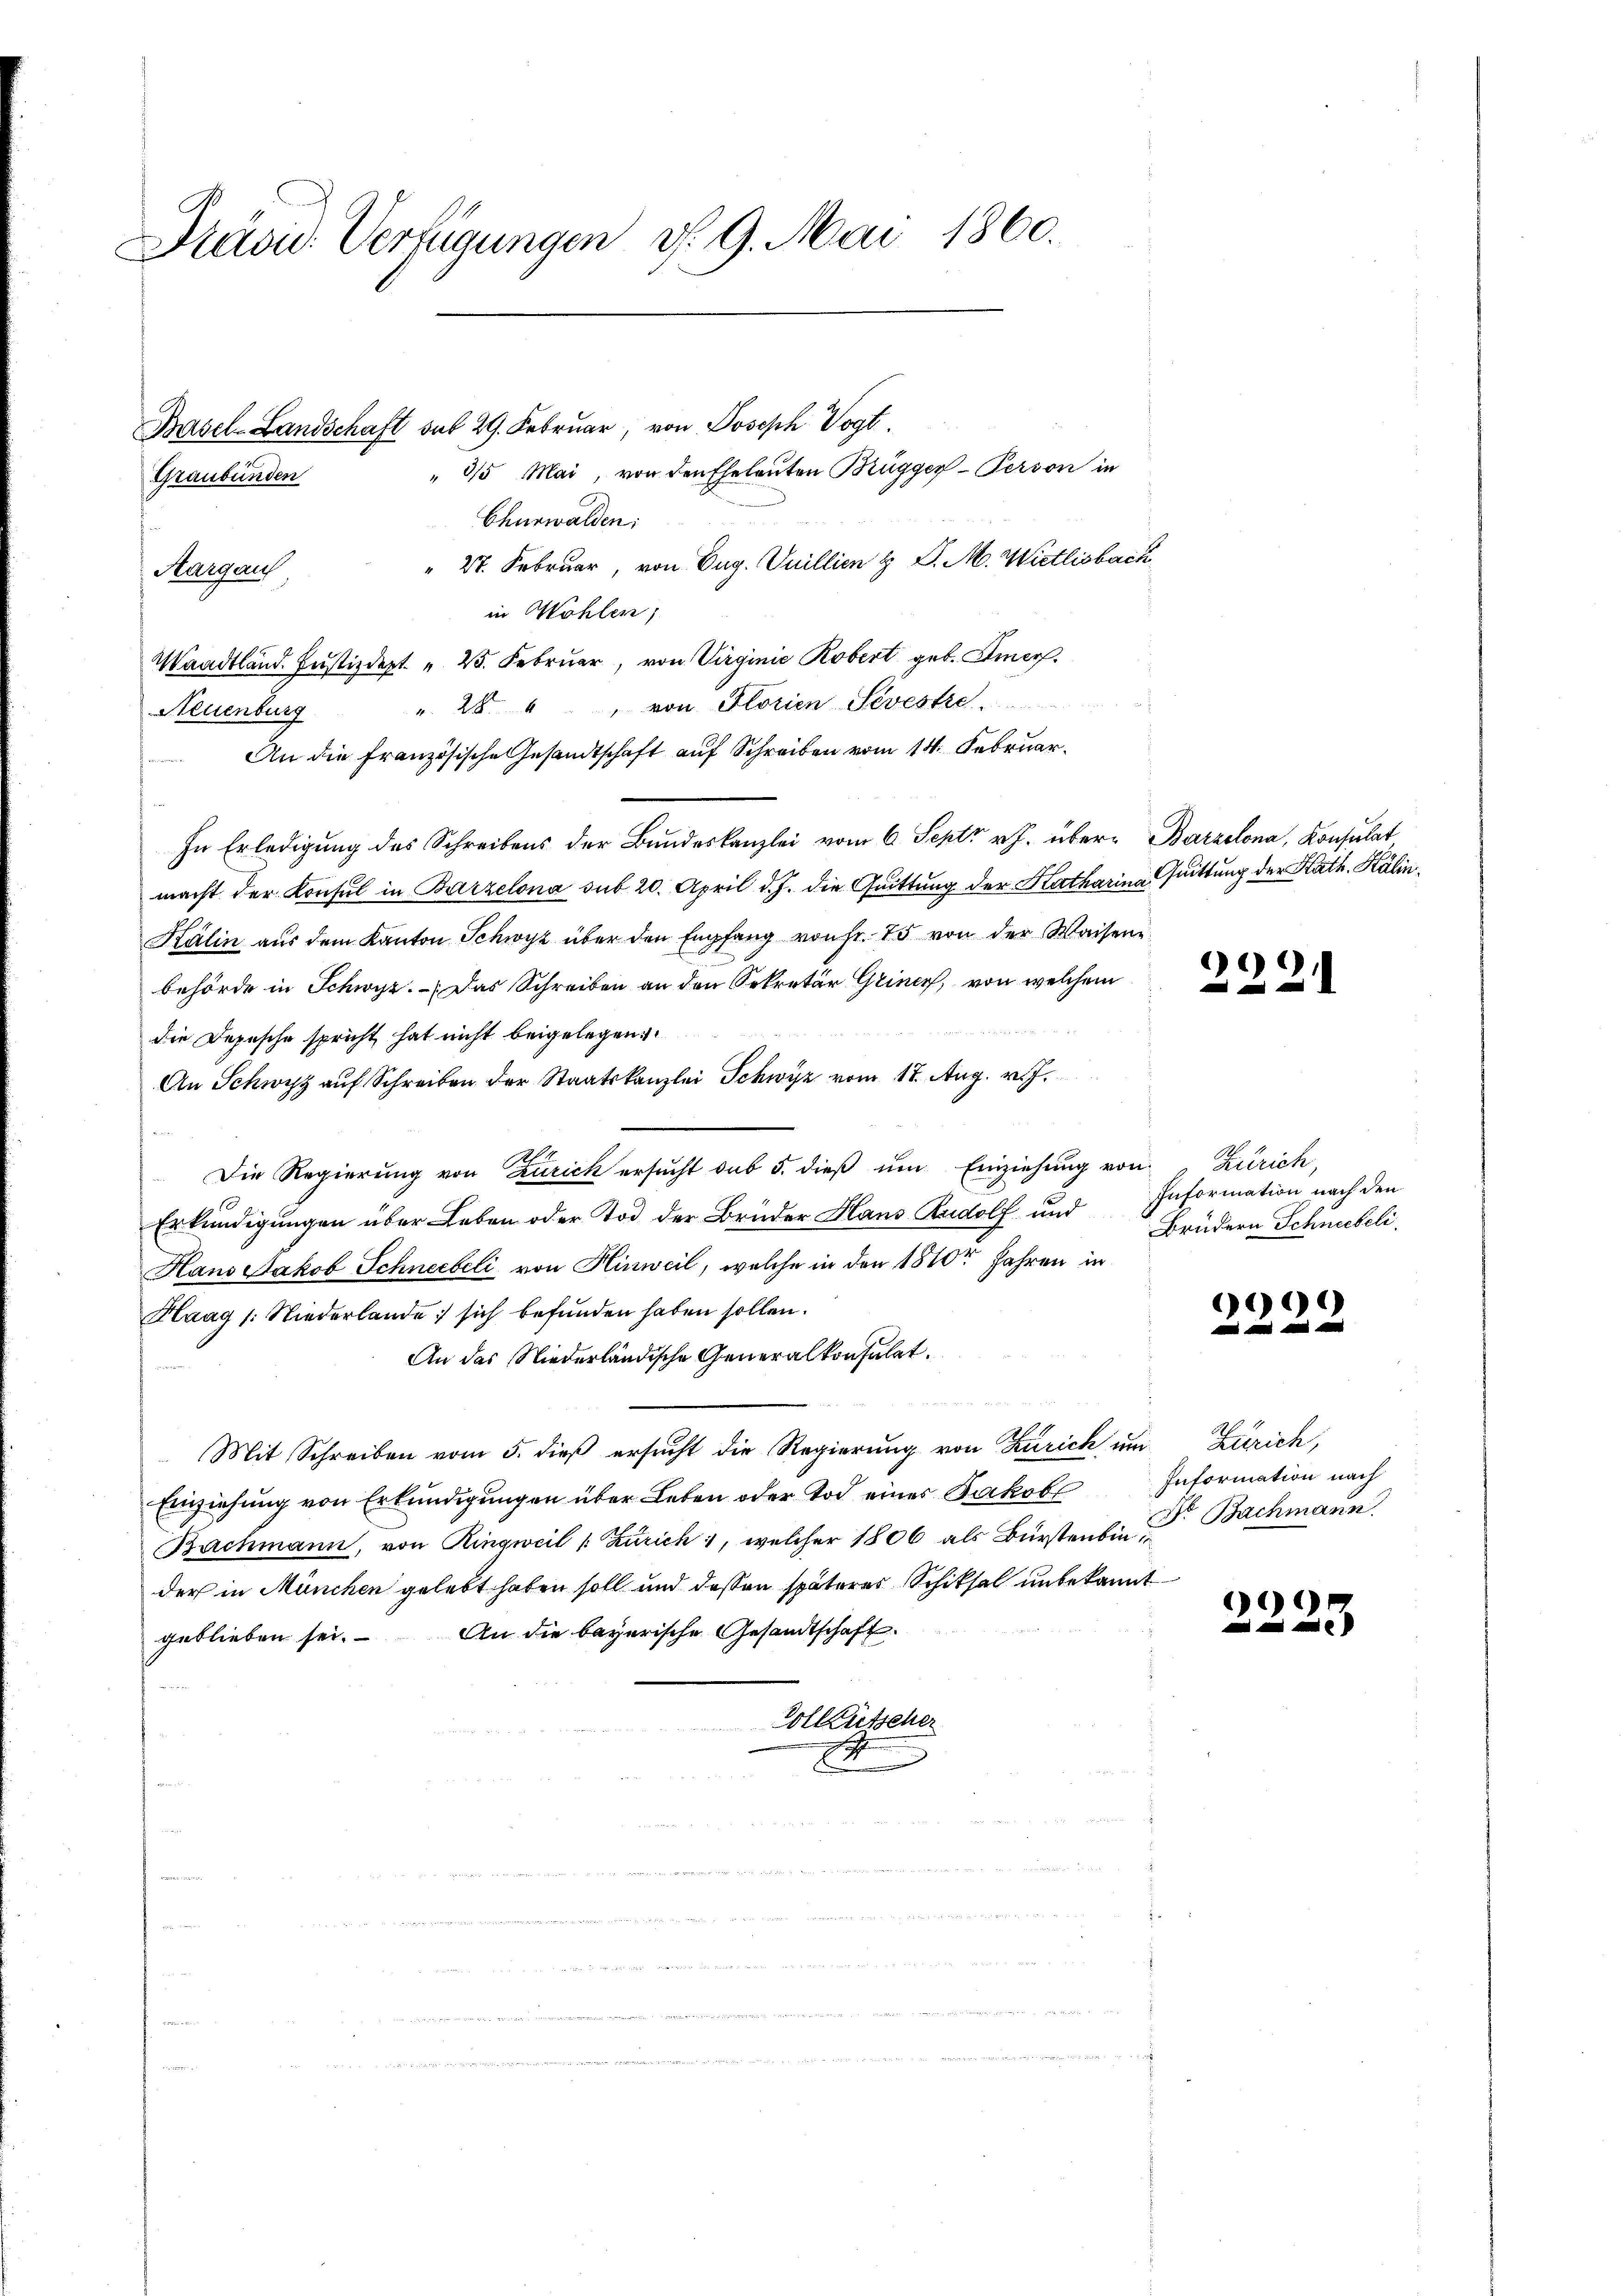
Präsid. Verfügungen d. 9. Mai 1860.

Basel-Landschaft sub 29. Februar, von Joseph Vogt.
" 315 Mai, von den Eheleuten Brügger Person in
Graubünden
Churwalden:
" 27. Februar, von Eug. Vuillien H. P. M. Wietlisbach
Aargau
in Wohlen,
Waadtländ. Justizdept. 25. Februar, von Virginie Robert geb. Amer.
" 28. " von Florien-Sevestre
Steuenburg
An die Französische Gesandtschaft auf Schreiben vom 14. Februar.
In Erledigung des Schreibens der Bundeskanzlei vom 6. Sept v. J. über Barzelona, Konsulat,
macht der Konsul in Barzelona sub 20. April d. J. die Quittung der Katharina Quittung der Kath. Kälin¬
Kälin aus dem Kanton Schwyz über den Empfang von Fr. 25 von der Waisene
behörde in Schwyz. Das Schreiben an den Sekretär Grine, von welchem
die Depesche spricht hat nicht beigelegen
An Schwyz auf Schreiben der Staatskanzlei Schwyz vom 17. Aug. v. J.
Die Regierung von Zürich ersŭcht sub 5. dieβ ŭm Einziehung von Zürich,
Erkundigungen über Leben oder Tod der Brüder Haus Rudolf und
Hans Jakob Schneebeli, von Hinweil, welche in den 1810ten Jahren in
Haag /: Niederlande sich befunden haben sollen.
An das Niederländische Generalkonsulat.
Mit Schreiben vom 5. dieß ersucht die Regierung von Zürich um Zürich,
Einziehung von Erkundigungen über Leben oder Tod eines Jakobl
Bachmann, von Ringweil /: Zürich, welcher 1806 als Bürstenbin Dr. Bachmann
der in München gelebt haben soll und dessen späteres Schiksal unbekannt
geblieben sei. An die bayerische Gesandtschaft.
Vollütscher
.

9
-

Information nach den
Brüdern Schneebeli

9

Information nach

e
e